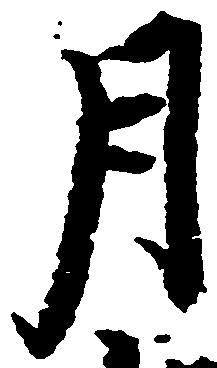
月